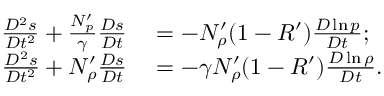
\begin{array} { r l } { \frac { D ^ { 2 } s } { D t ^ { 2 } } + \frac { N _ { p } ^ { \prime } } { \gamma } \frac { D s } { D t } } & { { } = - N _ { \rho } ^ { \prime } ( 1 - R ^ { \prime } ) \frac { D \ln p } { D t } ; } \\ { \frac { D ^ { 2 } s } { D t ^ { 2 } } + N _ { \rho } ^ { \prime } \frac { D s } { D t } } & { { } = - \gamma N _ { \rho } ^ { \prime } ( 1 - R ^ { \prime } ) \frac { D \ln \rho } { D t } . } \end{array}